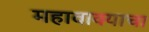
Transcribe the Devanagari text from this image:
महावाक्याचा